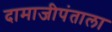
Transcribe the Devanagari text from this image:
दामाजीपंताला